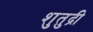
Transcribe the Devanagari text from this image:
शुतुद्री